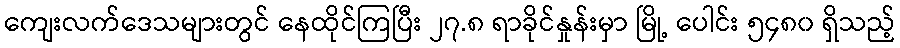
ကျေးလက်ဒေသများတွင် နေထိုင်ကြပြီး ၂၇.၈ ရာခိုင်နှုန်းမှာ မြို့ ပေါင်း ၅၄၈၀ ရှိသည့်